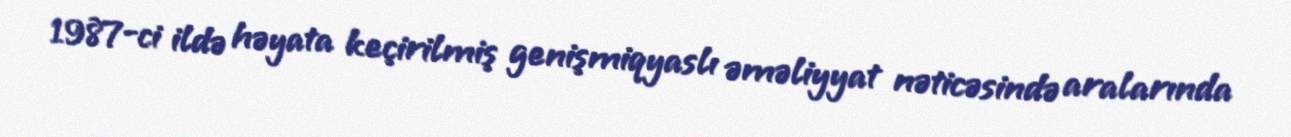
1987-ci ildə həyata keçirilmiş genişmiqyaslı əməliyyat nəticəsində aralarında